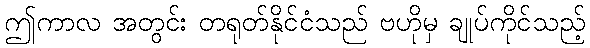
ဤကာလ အတွင်း တရုတ်နိုင်ငံသည် ဗဟိုမှ ချုပ်ကိုင်သည့်